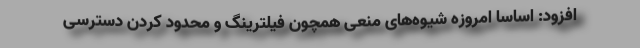
افزود: اساسا امروزه شیوه‌های منعی همچون فیلترینگ و محدود کردن دسترسی